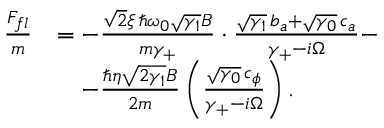
\begin{array} { r l } { \frac { F _ { f l } } { m } } & { = - \frac { \sqrt 2 \xi \, \hslash \omega _ { 0 } \sqrt { \gamma _ { 1 } } B } { m \gamma _ { + } } \cdot \frac { \sqrt { \gamma _ { 1 } } \, b _ { a } + \sqrt { \gamma _ { 0 } } \, c _ { a } } { \gamma _ { + } - i \Omega } - } \\ & { \quad - \frac { \hslash \eta \sqrt { 2 \gamma _ { 1 } } B } { 2 m } \left( \frac { \sqrt { \gamma _ { 0 } } \, c _ { \phi } } { \gamma _ { + } - i \Omega } \right) . } \end{array}